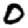
Digit: 0